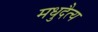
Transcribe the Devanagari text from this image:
मधुदैत्य